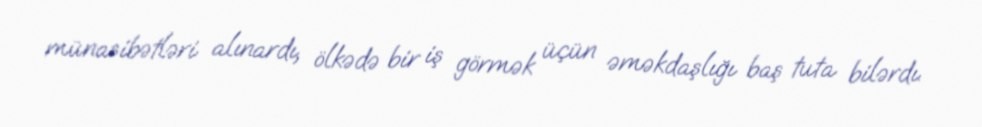
münasibətləri alınardı, ölkədə bir iş görmək üçün əməkdaşlığı baş tuta bilərdı.